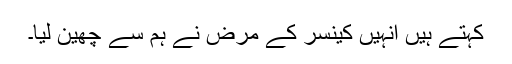
کہتے ہیں انہیں کینسر کے مرض نے ہم سے چھین لیا۔